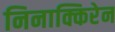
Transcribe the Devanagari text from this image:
निनाक्किरेन